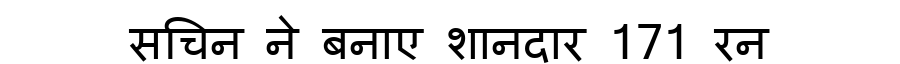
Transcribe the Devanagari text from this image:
सचिन ने बनाए शानदार 171 रन